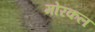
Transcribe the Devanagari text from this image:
मोरकल